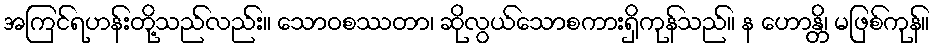
အကြင်ရဟန်းတို့သည်လည်း။ သောဝစဿတာ၊ ဆိုလွယ်သောစကားရှိကုန်သည်။ န ဟောန္တိ၊ မဖြစ်ကုန်။